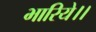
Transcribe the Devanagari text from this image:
भारिये।।